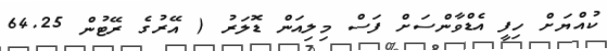
ކުއްޔަށް ހިފީ އެޑްވާންސަށް ފަސް މިލިއަން ޑޮލަރު ( އޭރުގެ ރޭޓުން 64.25